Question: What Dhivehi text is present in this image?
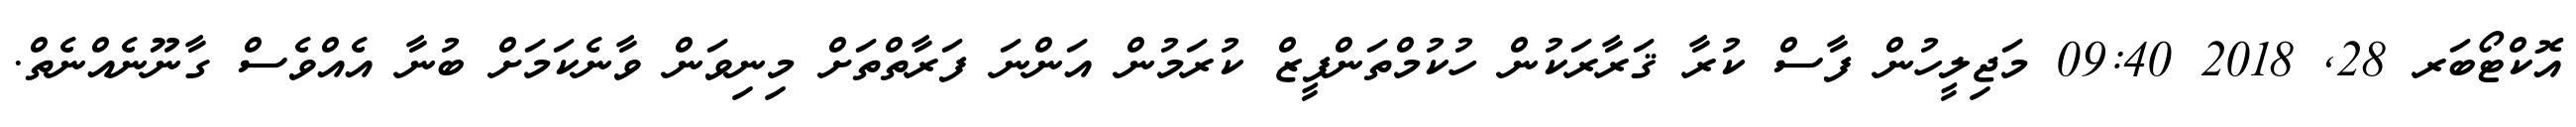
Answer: އޮކްޓޯބަރ 28, 2018 09:40 މަޖިލީހުން ފާސް ކުރާ ޤަރާރަކުން ހުކުމްތަންފީޒް ކުރަމުން އަންނަ ފަރާތްތަށް މިނިވަން ވާނެކަމަށް ބުނާ އެއްވެސް ގާނޫނެއްނެތް.